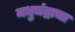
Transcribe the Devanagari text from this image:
मधुचंद्राचा